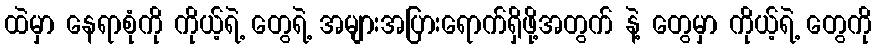
ထဲမှာ နေရာစုံကို ကိုယ့်ရဲ့ တွေရဲ့ အများအပြားရောက်ရှိဖို့အတွက် နဲ့ တွေမှာ ကိုယ့်ရဲ့ တွေကို